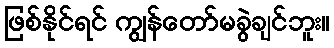
ဖြစ်နိုင်ရင် ကျွန်တော်မခွဲချင်ဘူး။